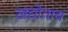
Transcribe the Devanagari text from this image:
खद्योताय